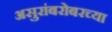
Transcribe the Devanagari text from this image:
असुरांबरोबरच्या